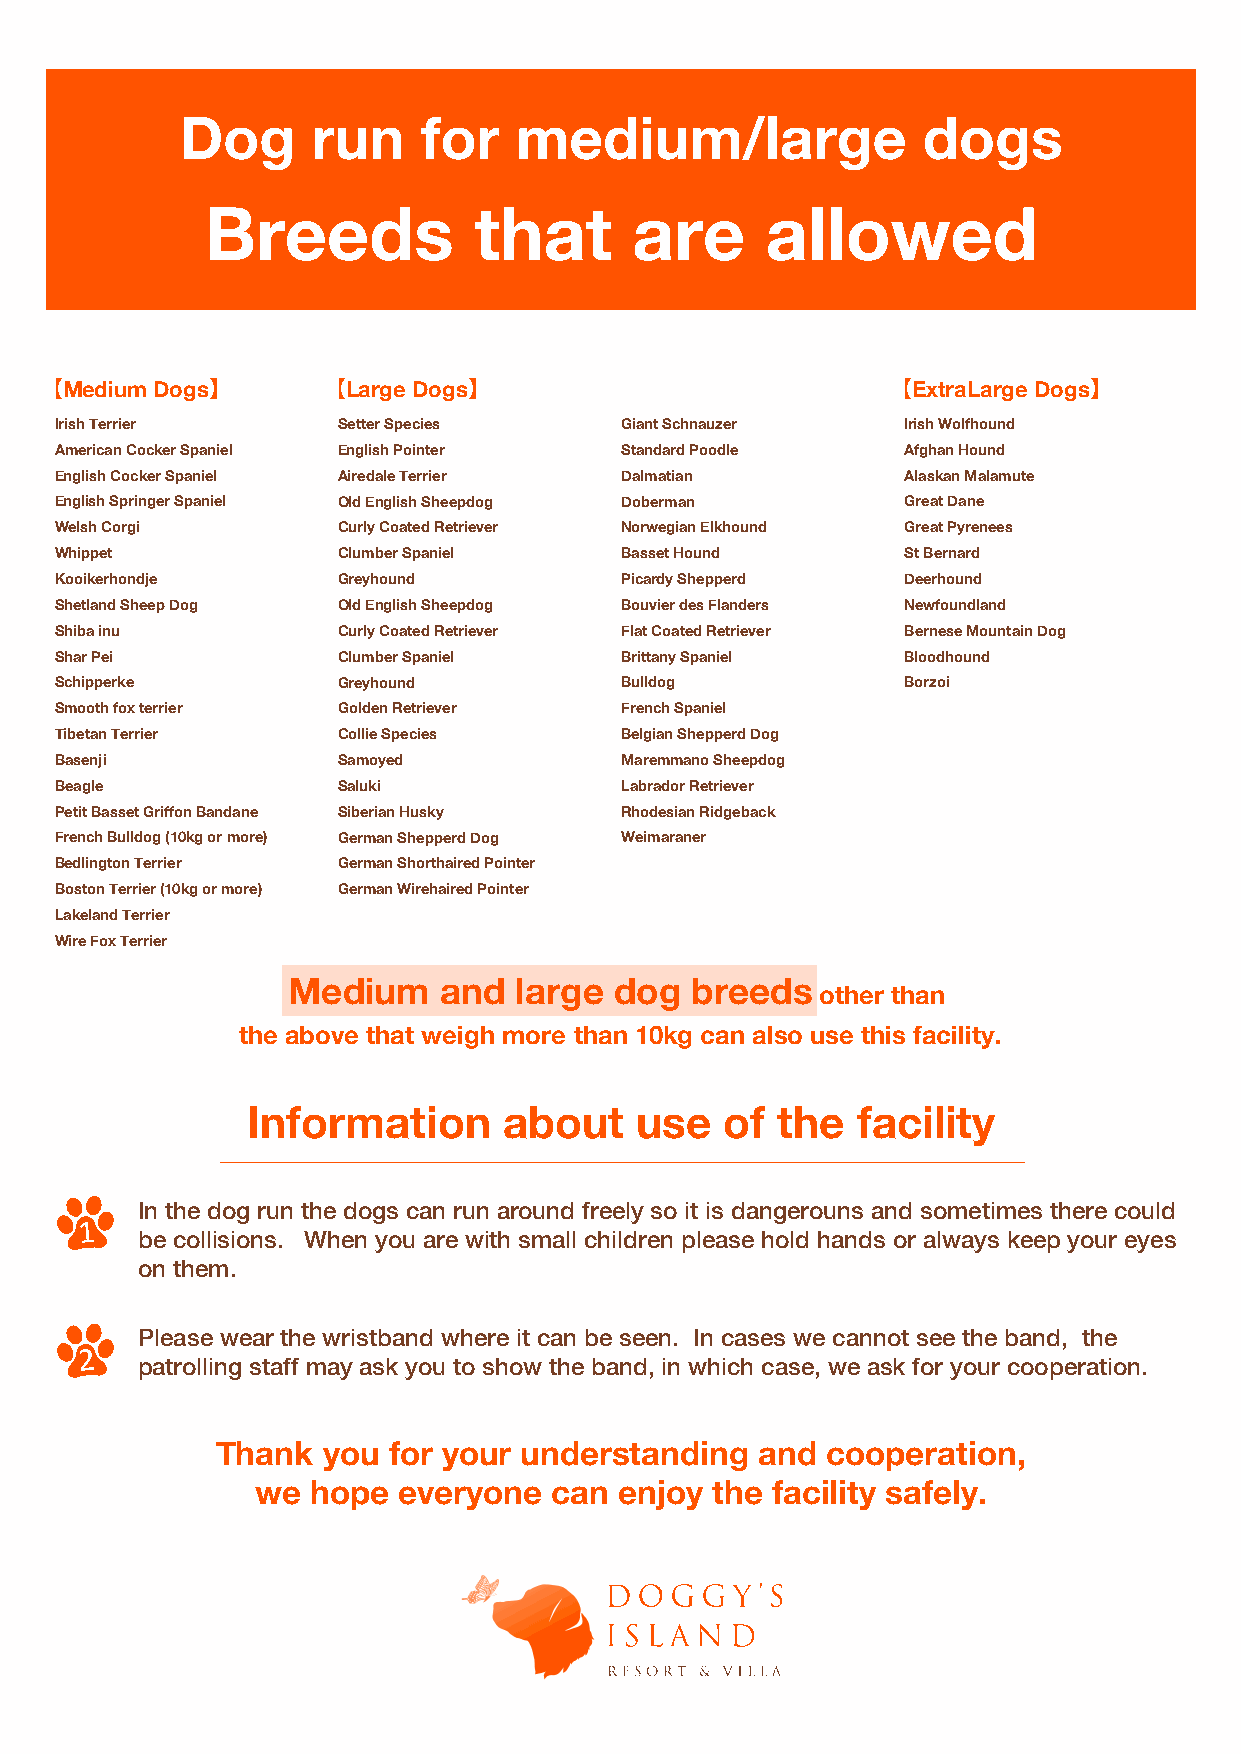
Dog      run    for   medium/large               dogs
 Breeds           that       are      allowed
 【Medium Dogs】     【Large Dogs】                          【ExtraLarge Dogs】
 Irish Terrier     Setter Species     Giant Schnauzer    Irish Wolfhound
 American Cocker Spaniel English Pointer Standard Poodle Afghan Hound
 English Cocker Spaniel Airedale Terrier Dalmatian       Alaskan Malamute
 English Springer Spaniel Old English Sheepdog Doberman  Great Dane
 Welsh Corgi       Curly Coated Retriever Norwegian Elkhound Great Pyrenees
 Whippet           Clumber Spaniel    Basset Hound       St Bernard
 Kooikerhondje     Greyhound          Picardy Shepperd   Deerhound
 Shetland Sheep Dog Old English Sheepdog Bouvier des Flanders Newfoundland
 Shiba inu         Curly Coated Retriever Flat Coated Retriever Bernese Mountain Dog
 Shar Pei          Clumber Spaniel    Brittany Spaniel   Bloodhound
 Schipperke        Greyhound          Bulldog            Borzoi
 Smooth fox terrier Golden Retriever  French Spaniel
 Tibetan Terrier   Collie Species     Belgian Shepperd Dog
 Basenji           Samoyed            Maremmano Sheepdog
 Beagle            Saluki             Labrador Retriever
 Petit Basset Griffon Bandane Siberian Husky Rhodesian Ridgeback
 French Bulldog (10kg or more) German Shepperd Dog Weimaraner
 Bedlington Terrier German Shorthaired Pointer
 Boston Terrier (10kg or more) German Wirehaired Pointer
 Lakeland Terrier
 Wire Fox Terrier
 Medium    and  large  dog  breeds  other than
 the above that weigh more than 10kg can also use this facility.
 Information      about    use   of the   facility
 In the dog run the dogs can run around freely so it is dangerouns and sometimes there could
 1
 be collisions. When you are with small children please hold hands or always keep your eyes
 on them.
 Please wear the wristband where it can be seen. In cases we cannot see the band, the
 2
 patrolling staff may ask you to show the band, in which case, we ask for your cooperation.
 Thank  you  for your understanding  and  cooperation,
 we  hope everyone   can enjoy the facility safely.